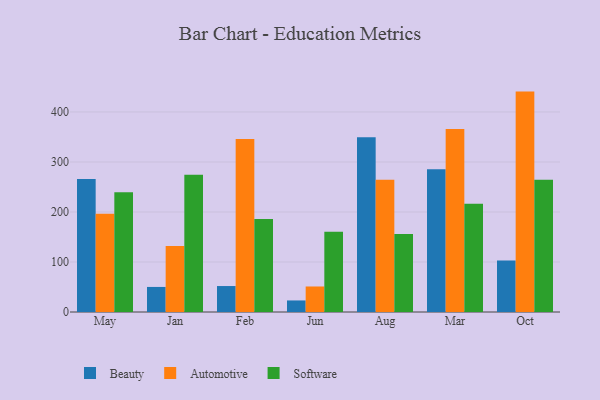
{"axis": {"x": "Month", "y": "Gross Profit (USD K)"}, "legend": ["Automotive", "Beauty", "Software"], "data": [{"x": "May", "y": 265.7, "type": "Beauty"}, {"x": "May", "y": 196.5, "type": "Automotive"}, {"x": "May", "y": 239.3, "type": "Software"}, {"x": "Jan", "y": 50.1, "type": "Beauty"}, {"x": "Jan", "y": 132.0, "type": "Automotive"}, {"x": "Jan", "y": 274.6, "type": "Software"}, {"x": "Feb", "y": 51.9, "type": "Beauty"}, {"x": "Feb", "y": 345.8, "type": "Automotive"}, {"x": "Feb", "y": 185.8, "type": "Software"}, {"x": "Jun", "y": 23.1, "type": "Beauty"}, {"x": "Jun", "y": 51.0, "type": "Automotive"}, {"x": "Jun", "y": 160.7, "type": "Software"}, {"x": "Aug", "y": 349.4, "type": "Beauty"}, {"x": "Aug", "y": 264.6, "type": "Automotive"}, {"x": "Aug", "y": 156.0, "type": "Software"}, {"x": "Mar", "y": 285.6, "type": "Beauty"}, {"x": "Mar", "y": 366.0, "type": "Automotive"}, {"x": "Mar", "y": 216.3, "type": "Software"}, {"x": "Oct", "y": 103.1, "type": "Beauty"}, {"x": "Oct", "y": 440.7, "type": "Automotive"}, {"x": "Oct", "y": 264.5, "type": "Software"}]}